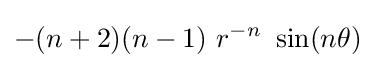
-(n+2)(n-1)~r^{-n}~\sin(n\theta )